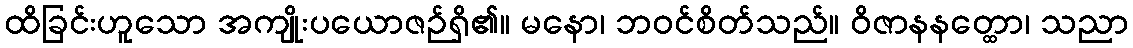
ထိခြင်းဟူသော အကျိုးပယောဇဉ်ရှိ၏။ မနော၊ ဘဝင်စိတ်သည်။ ဝိဇာနနတ္ထော၊ သညာ